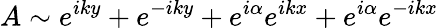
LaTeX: A\sim e^{iky}+e^{-iky}+e^{i\alpha}e^{ikx}+e^{i\alpha}e^{-ikx}